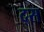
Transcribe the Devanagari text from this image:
द्स